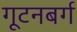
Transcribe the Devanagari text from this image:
गूटनबर्ग